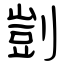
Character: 剴